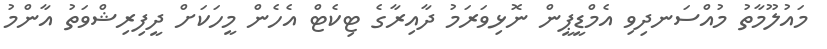
މައުލޫމާތު މުއްސަނދިވި އެމްޑީޕީން ނޮޅިވަރަމު ދާއިރާގެ ޓިކެޓް އެހެން މީހަކަށް ދީފިރިޝްވަތު އާންމު